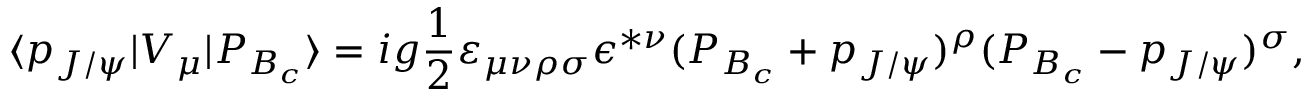
\langle p _ { J / \psi } | V _ { \mu } | P _ { B _ { c } } \rangle = i g { \frac { 1 } { 2 } } \varepsilon _ { \mu \nu \rho \sigma } \epsilon ^ { * \nu } ( P _ { B _ { c } } + p _ { J / \psi } ) ^ { \rho } ( P _ { B _ { c } } - p _ { J / \psi } ) ^ { \sigma } ,